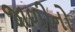
જાળીનો